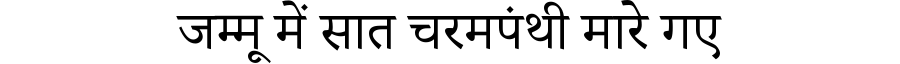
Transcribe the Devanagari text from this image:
जम्मू में सात चरमपंथी मारे गए